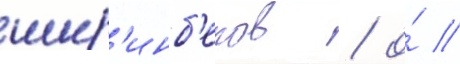
шир'инб'еков / о́ //